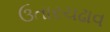
ઉતારચઢાવ